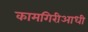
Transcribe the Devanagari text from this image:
कामगिरीआधी